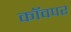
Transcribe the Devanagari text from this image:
कॉवपर